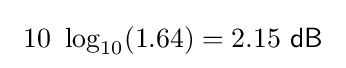
\ 10\ \log _{10}(1.64)=2.15\ {\mathsf {dB}}\